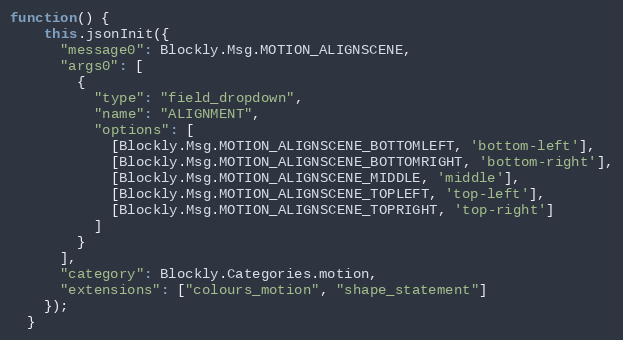
Language: JavaScript
function() {
    this.jsonInit({
      "message0": Blockly.Msg.MOTION_ALIGNSCENE,
      "args0": [
        {
          "type": "field_dropdown",
          "name": "ALIGNMENT",
          "options": [
            [Blockly.Msg.MOTION_ALIGNSCENE_BOTTOMLEFT, 'bottom-left'],
            [Blockly.Msg.MOTION_ALIGNSCENE_BOTTOMRIGHT, 'bottom-right'],
            [Blockly.Msg.MOTION_ALIGNSCENE_MIDDLE, 'middle'],
            [Blockly.Msg.MOTION_ALIGNSCENE_TOPLEFT, 'top-left'],
            [Blockly.Msg.MOTION_ALIGNSCENE_TOPRIGHT, 'top-right']
          ]
        }
      ],
      "category": Blockly.Categories.motion,
      "extensions": ["colours_motion", "shape_statement"]
    });
  }